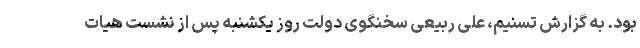
بود. به گزارش تسنیم، علی ربیعی سخنگوی دولت روز یکشنبه پس از نشست هیات